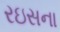
રઇસના